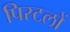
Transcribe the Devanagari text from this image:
पिस्टलों